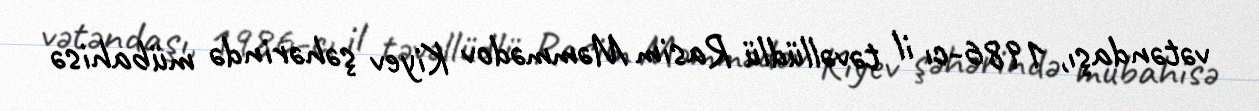
vətəndaşı, 1986-cı il təvəllüdlü Rasim Məmmədov Kiyev şəhərində mübahisə